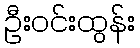
ဦးဝင်းထွန်း